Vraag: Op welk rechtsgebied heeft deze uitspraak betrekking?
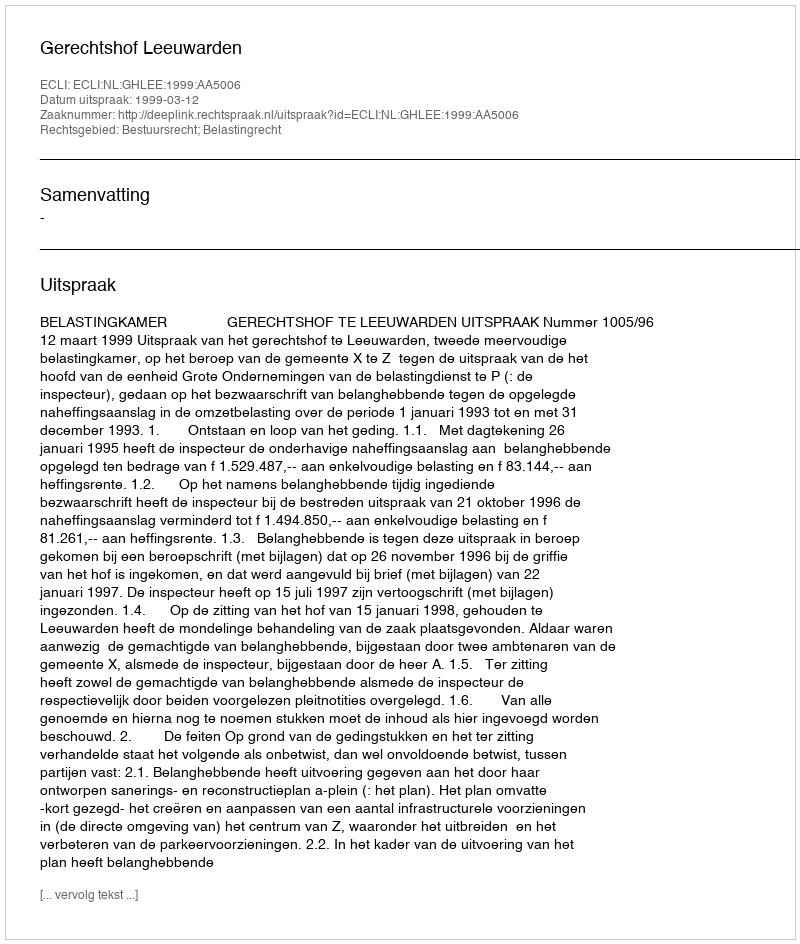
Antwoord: Bestuursrecht; Belastingrecht